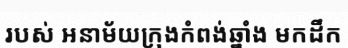
របស់ អនាម័យក្រុងកំពង់ឆ្នាំង មកដឹក